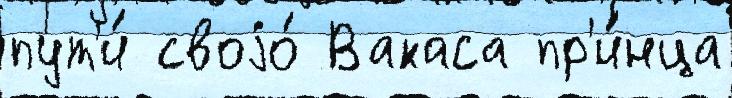
пут'и́ своjо́ Вакаса пр'и́нца